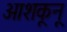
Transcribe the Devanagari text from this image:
आशकूनू